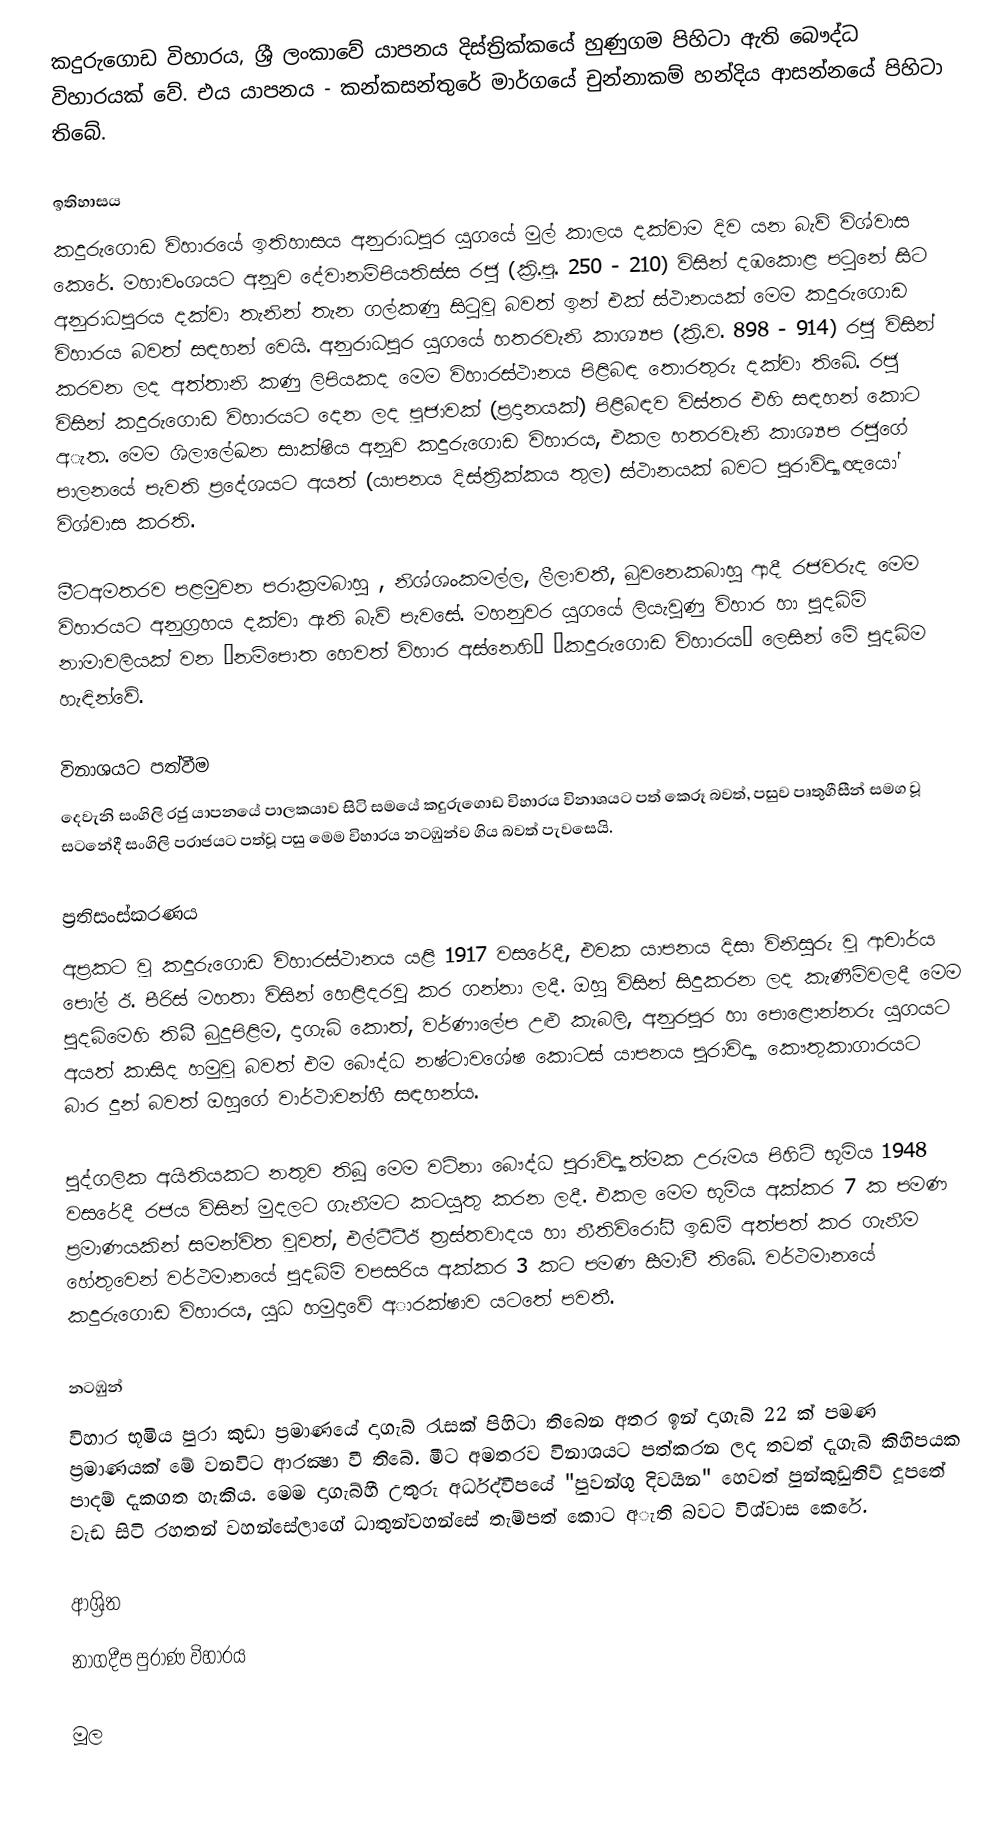
කදුරුගොඩ විහාරය, ශ්‍රී ලංකාවේ යාපනය දිස්ත්‍රික්කයේ හුණුගම පිහිටා ඇති බෞද්ධ විහාරයක් වේ. එය යාපනය - කන්කසන්තුරේ මාර්ගයේ චුන්නාකම් හන්දිය ආසන්නයේ පිහිටා තිබේ.

ඉතිහාසය
කදුරුගොඩ විහාරයේ ඉතිහාසය අනුරාධපුර යුගයේ මුල් කාලය දක්‌වාම දිව යන බැව් විශ්වාස කෙරේ. මහාවංශයට අනූව දේවානම්පියතිස්‌ස රජු (ක්‍රි.පූ. 250 - 210) විසින් දඹකොළ පටුනේ සිට අනුරාධපුරය දක්වා තැනින් තැන ගල්කණු සිටුවූ බවත් ඉන් එක් ස්ථානයක් මෙම කදුරුගොඩ විහාරය බවත් සඳහන් වෙයි. අනුරාධපුර යුගයේ හතරවැනි කාශ්‍යප (ක්‍රි.ව. 898 - 914) රජු විසින් කරවන ලද අත්තානි කණු ලිපියකද මෙම විහාරස්‌ථානය පිළිබඳ තොරතුරු දක්‌වා තිබේ. රජු විසින් කදුරුගොඩ විහාරයට දෙන ලද පූජාවක් (ප්‍රදානයක්) පිළිබඳව විස්තර එහි සඳහන් කොට අැත. මෙම ශිලාලේඛන සාක්ෂිය අනූව කදුරුගොඩ විහාරය, එකල හතරවැනි කාශ්‍යප රජුගේ පාලනයේ පැවති ප්‍රදේශයට අයත් (යාපනය දිස්ත්‍රික්කය තුල) ස්ථානයක් බවට පුරාවිද්‍යාඥයෝ විශ්වාස කරති.

මීටඅමතරව පළමුවන පරාක්‍රමබාහු , නිශ්ශංකමල්ල, ලීලාවතී, බුවනෙකබාහු ආදී රජවරුද මෙම විහාරයට අනුග්‍රහය දක්වා ඇති බැව් පැවසේ. මහනුවර යුගයේ ලියැවුණු විහාර හා පුදබිම් නාමාවලියක් වන ‘නම්පොත හෙවත් විහාර අස්නෙහි’ ‘කදුරුගොඩ විහාරය’ ලෙසින් මේ පුදබිම හැඳින්වේ.

විනාශයට පත්වීම
දෙවැනි සංගිලි රජු යාපනයේ පාලකයාව සිටි සමයේ කදුරුගොඩ විහාරය විනාශයට පත් කෙරූ බවත්, පසුව පෘතුගීසීන් සමග වූ සටනේදී සංගිලි පරාජයට පත්වූ පසු මෙම විහාරය නටඹුන්ව ගිය බවත් පැවසෙයි.

ප්‍රතිසංස්කරණය
අප්‍රකට වූ කදුරුගොඩ විහාරස්‌ථානය යළි 1917 වසරේදී, එවක යාපනය දිසා විනිසුරු වූ ආචාර්ය පෝල් ඊ. පීරිස්‌  මහතා විසින් හෙළිදරවු කර ගන්නා ලදී. ඔහු විසින් සිදුකරන ලද කැණීම්වලදී මෙම පුදබිමෙහි තිබී බුදුපිළිම, දාගැබ් කොත්, වර්ණාලේප උළු කැබලි, අනුරපුර හා පොළොන්නරු යුගයට අයත් කාසිද හමුවූ බවත්  එම බෞද්ධ නෂ්ටාවශේෂ කොටස් යාපනය පුරාවිද්‍යා කෞතුකාගාරයට බාර දුන් බවත් ඔහුගේ වාර්ථාවන්හී සඳහන්ය.

පුද්ගලික අයිතියකට නතුව තිබූ මෙම වටිනා බෞද්ධ පුරාවිද්‍යාත්මක උරුමය පිහිටි භූමිය 1948  වසරේදී රජය විසින් මුදලට ගැනීමට කටයුතු කරන ලදී. එකල මෙම භූමිය අක්‌කර 7 ක පමණ ප්‍රමාණයකින් සමන්විත වූවත්, එල්ටීටීඊ ත්‍රස්තවාදය හා නීතිවිරෝධී ඉඩම් අත්පත් කර ගැනීම හේතුවෙන් වර්ථමානයේ පුදබිම් වපසරිය අක්‌කර 3 කට පමණ සීමාවී තිබේ. වර්ථමානයේ කදුරුගොඩ විහාරය, යුධ හමුදාවේ අාරක්ෂාව යටතේ පවතී.

නටඹුන්
විහාර භූමිය පුරා කුඩා ප්‍රමාණයේ දාගැබ් රැසක්‌ පිහිටා තිබෙන අතර ඉන් දාගැබ් 22 ක්‌ පමණ ප්‍රමාණයක් මේ වනවිට ආරක්‍ෂා වී තිබේ. මීට අමතරව විනාශයට පත්කරන ලද තවත් දැගැබ් කිහිපයක පාදම් දැකගත හැකිය. මෙම දාගැබ්හී උතුරු අර්ධද්වීපයේ "පුවන්ගු දිවයින" හෙවත් පුන්කුඩුතිව් දූපතේ වැඩ සිටි රහතන් වහන්සේලාගේ ධාතුන්වහන්සේ තැම්පත් කොට අැති බවට විශ්වාස කෙරේ.

ආශ්‍රිත
 නාගදීප පුරාණ විහාරය

මූල